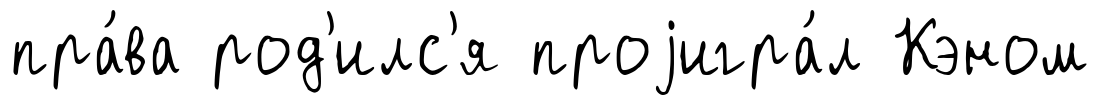
пра́ва род'илс'я проjигра́л Кэном